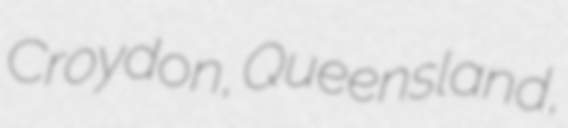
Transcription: Croydon, Queensland,